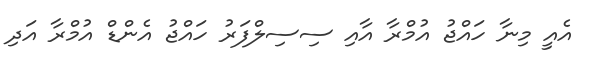
އެއީ މިނާ ހައްޖު އުމްރާ އާއި ސިސިލްފަރު ހައްޖު އެންޑް އުމްރާ އަދި